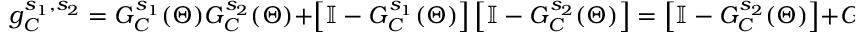
g _ { C } ^ { s _ { 1 } , s _ { 2 } } = G _ { C } ^ { s _ { 1 } } ( \Theta ) G _ { C } ^ { s _ { 2 } } ( \Theta ) + \left[ \mathbb { I } - G _ { C } ^ { s _ { 1 } } ( \Theta ) \right] \left[ \mathbb { I } - G _ { C } ^ { s _ { 2 } } ( \Theta ) \right] = \left[ \mathbb { I } - G _ { C } ^ { s _ { 2 } } ( \Theta ) \right] + G _ { C } ^ { s _ { 1 } } ( \Theta ) \left[ 2 G _ { C } ^ { s _ { 2 } } ( \Theta ) - \mathbb { I } \right] .